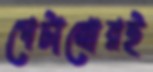
পেটানোরই